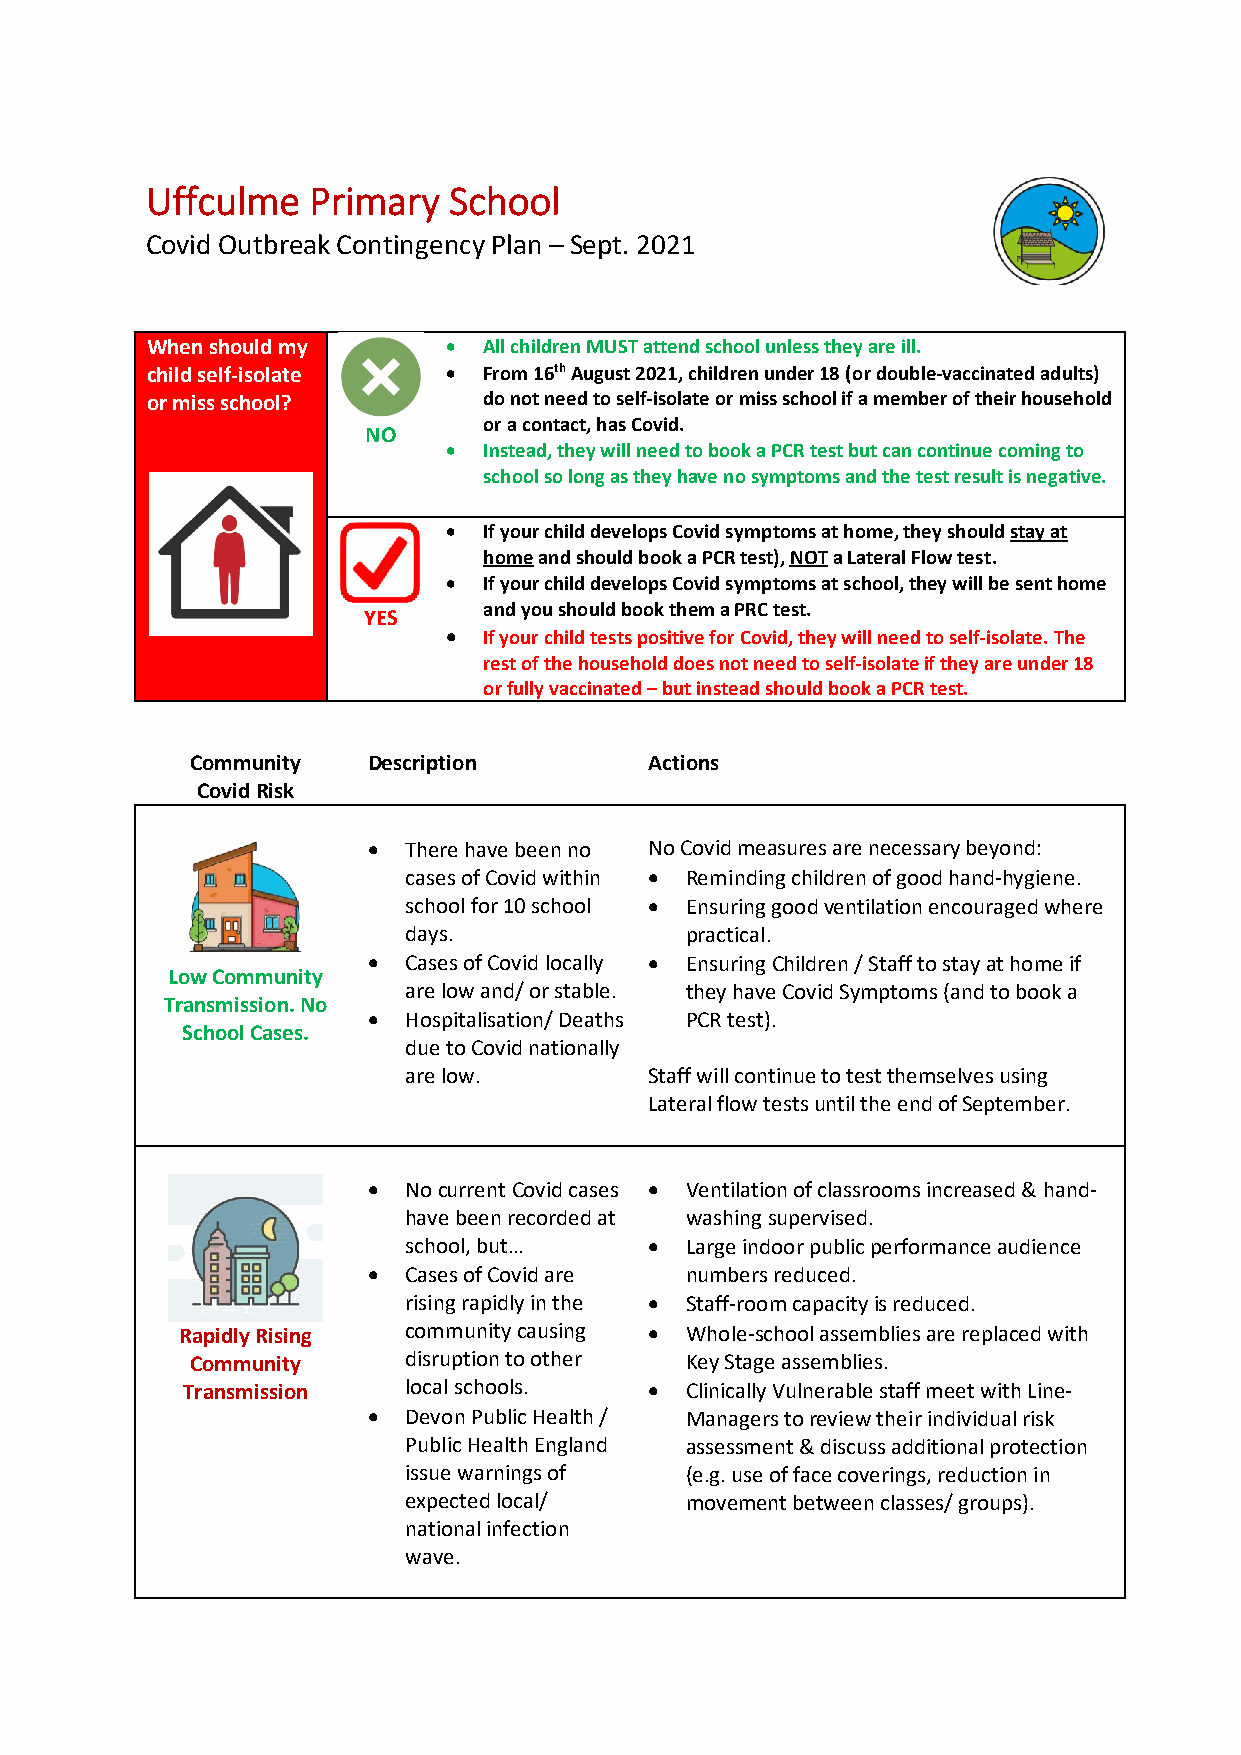
Uffculme  Primary   School
 Covid Outbreak Contingency Plan – Sept. 2021
 When should my     •  All children MUST attend school unless they are ill.
 child self-isolate •  From 16th August 2021, children under 18 (or double-vaccinated adults)
 or miss school?       do not need to self-isolate or miss school if a member of their household
 NO
 or a contact, has Covid.
 •  Instead, they will need to book a PCR test but can continue coming to
 school so long as they have no symptoms and the test result is negative.
 •  If your child develops Covid symptoms at home, they should stay at
 home and should book a PCR test), NOT a Lateral Flow test.
 •  If your child develops Covid symptoms at school, they will be sent home
 and you should book them a PRC test.
 YES
 •  If your child tests positive for Covid, they will need to self-isolate. The
 rest of the household does not need to self-isolate if they are under 18
 or fully vaccinated – but instead should book a PCR test.
 Community  Description        Actions
 Covid Risk
 •  There have been no No Covid measures are necessary beyond:
 cases of Covid within • Reminding children of good hand-hygiene.
 school for 10 school • Ensuring good ventilation encouraged where
 days.             practical.
 •  Cases of Covid locally • Ensuring Children / Staff to stay at home if
 Low Community
 are low and/ or stable. they have Covid Symptoms (and to book a
 Transmission. No
 •  Hospitalisation/ Deaths PCR test).
 School Cases.
 due to Covid nationally
 are low.        Staff will continue to test themselves using
 Lateral flow tests until the end of September.
 •  No current Covid cases • Ventilation of classrooms increased & hand-
 have been recorded at washing supervised.
 school, but…    • Large indoor public performance audience
 •  Cases of Covid are numbers reduced.
 rising rapidly in the • Staff-room capacity is reduced.
 Rapidly Rising community causing • Whole-school assemblies are replaced with
 Community     disruption to other Key Stage assemblies.
 Transmission   local schools.  • Clinically Vulnerable staff meet with Line-
 •  Devon Public Health / Managers to review their individual risk
 Public Health England assessment & discuss additional protection
 issue warnings of (e.g. use of face coverings, reduction in
 expected local/   movement between classes/ groups).
 national infection
 wave.